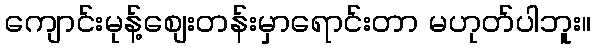
ကျောင်းမုန့်စျေးတန်းမှာရောင်းတာ မဟုတ်ပါဘူး။